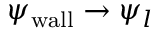
\psi _ { \mathrm { w a l l } } \rightarrow \psi _ { l }